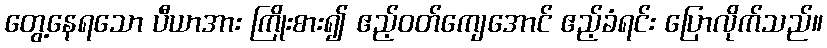
တွေ့နေရသော ပီယာအား ကြိုးစား၍ ဧည့်ဝတ်ကျေအောင် ဧည့်ခံရင်း ပြောလိုက်သည်။